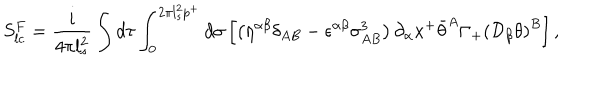
S _ { l c } ^ { F } = \frac { i } { 4 \pi l _ { s } ^ { 2 } } \int d \tau \int _ { 0 } ^ { 2 \pi l _ { s } ^ { 2 } p ^ { + } } d \sigma \left[ \left( \eta ^ { \alpha \beta } \delta _ { A B } - \epsilon ^ { \alpha \beta } \sigma _ { A B } ^ { 3 } \right) \partial _ { \alpha } x ^ { + } \bar { \theta } ^ { A } \Gamma _ { + } \left( \mathcal { D } _ { \beta } \theta \right) ^ { B } \right] ,